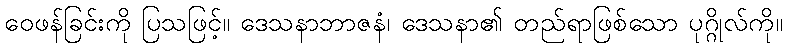
ဝေဖန်ခြင်းကို ပြသဖြင့်။ ဒေသနာဘာဇနံ၊ ဒေသနာ၏ တည်ရာဖြစ်သော ပုဂ္ဂိုလ်ကို။